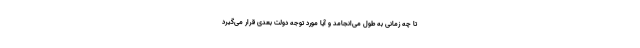
تا چه زمانی به طول می‌انجامد و آیا مورد توجه دولت بعدی قرار می‌گیرد